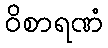
ဝိစာရဏံ